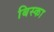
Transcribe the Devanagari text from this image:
बिस्का